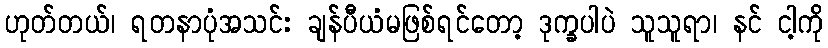
ဟုတ်တယ်၊ ရတနာပုံအသင်း ချန်ပီယံမဖြစ်ရင်တော့ ဒုက္ခပါပဲ သူသူရာ၊ နင် ငါ့ကို